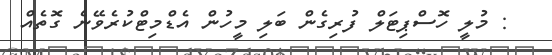
: މުލީ ހޮސްޕިޓަލް ފުރިގެން ބަލި މީހުން އެޑްމިޓްކުރެވޭނެ ގޮތެއް